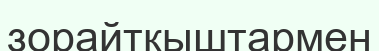
зорайтқыштармен